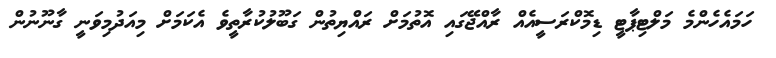
ހަމައެހެންމެ މަލްޓިޕާޓީ ޑިމޮކްރަސީއެއް ރާއްޖޭގައި އޮތުމަށް ރައްޔިތުން ގަބޫލުކުރާތީވެ އެކަމަށް މިއަދުމިވަނީ ގާނޫނުން